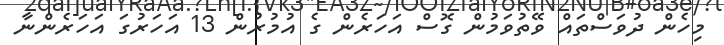
މިހެން ދުވަސްތައް ވޭތުވަމުން ގޮސް އަހަރެން ގެ އުމުރުން 13 އަހަރުގަ އަހަރެންނާ